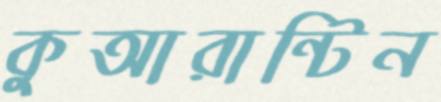
কুআরান্টিন